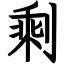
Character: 剩